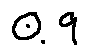
0 . 9